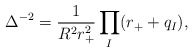
\begin{align*}\Delta^{-2} = \frac{1}{R^2r_+^2}\prod_I (r_+ + q_I),\end{align*}